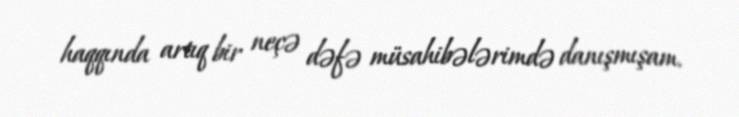
haqqında artıq bir neçə dəfə müsahibələrimdə danışmışam.